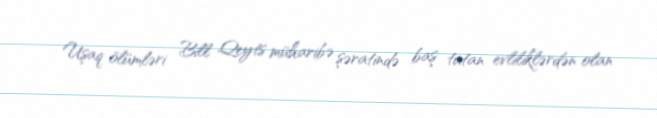
Uşaq ölümləri Bill Qeyts müharibə şəratində baş tutan evliliklərdən olan